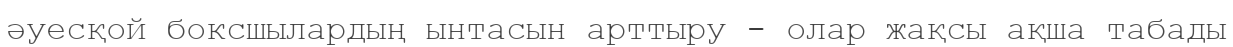
әуесқой боксшылардың ынтасын арттыру - олар жақсы ақша табады